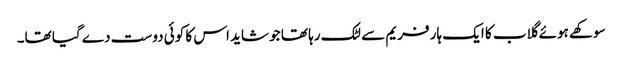
سوکھے ہوئے گلاب کا ایک ہار فریم سے لٹک رہا تھا جو شاید اس کا کوئی دوست دے گیا تھا۔